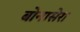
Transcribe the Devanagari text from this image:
बोनासेरा